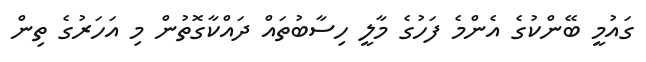
ގައުމީ ބޭންކުގެ އެންމެ ފަހުގެ މާލީ ހިސާބުތައް ދައްކާގޮތުން މި އަހަރުގެ ތިން